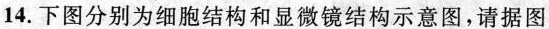
14.下图分别为细胞结构和显微镜结构示意图，请据图